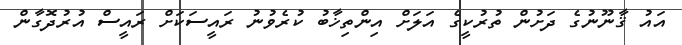
އައު ޤާނޫނުގެ ދަށުން ތުރުކީގެ އަލަށް އިންތިޚާބު ކުރެވުނު ރައީސަކަށް ރައީސް އުރުދޮގާން